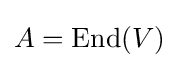
A={\text{End}}(V)